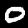
Digit: 0